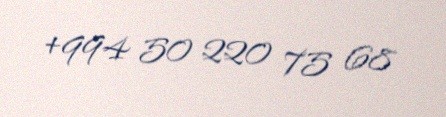
+994 50 220 75 68